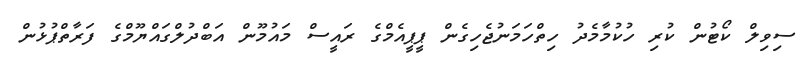
ސިވިލް ކޯޓުން ކުރި ހުކުމާމެދު ހިތްހަމަނުޖެހިގެން ޕީޕީއެމްގެ ރައީސް މައުމޫން އަބްދުލްގައްޔޫމްގެ ފަރާތްޕުޅުން